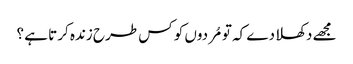
مجھے دکھلا دے کہ تو مُردوں کو کس طرح زندہ کرتا ہے ؟